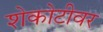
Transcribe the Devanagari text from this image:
शेकोटीवर